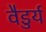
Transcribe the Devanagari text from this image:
वैडुर्य